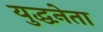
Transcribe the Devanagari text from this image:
युद्धनेता